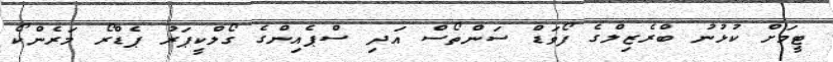
ޓީމަށް ކުޅުނު ބްރެޒިލްގެ ފޯވަޑް ސަންތޯސް އަދި ސްޕެއިންގެ ގޯލްކީޕަރު ޕެޑްރޯ މަރެންކޯ